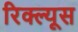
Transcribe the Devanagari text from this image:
रिक्ल्यूस